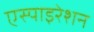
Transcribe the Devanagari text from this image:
एस्पाइरेशन